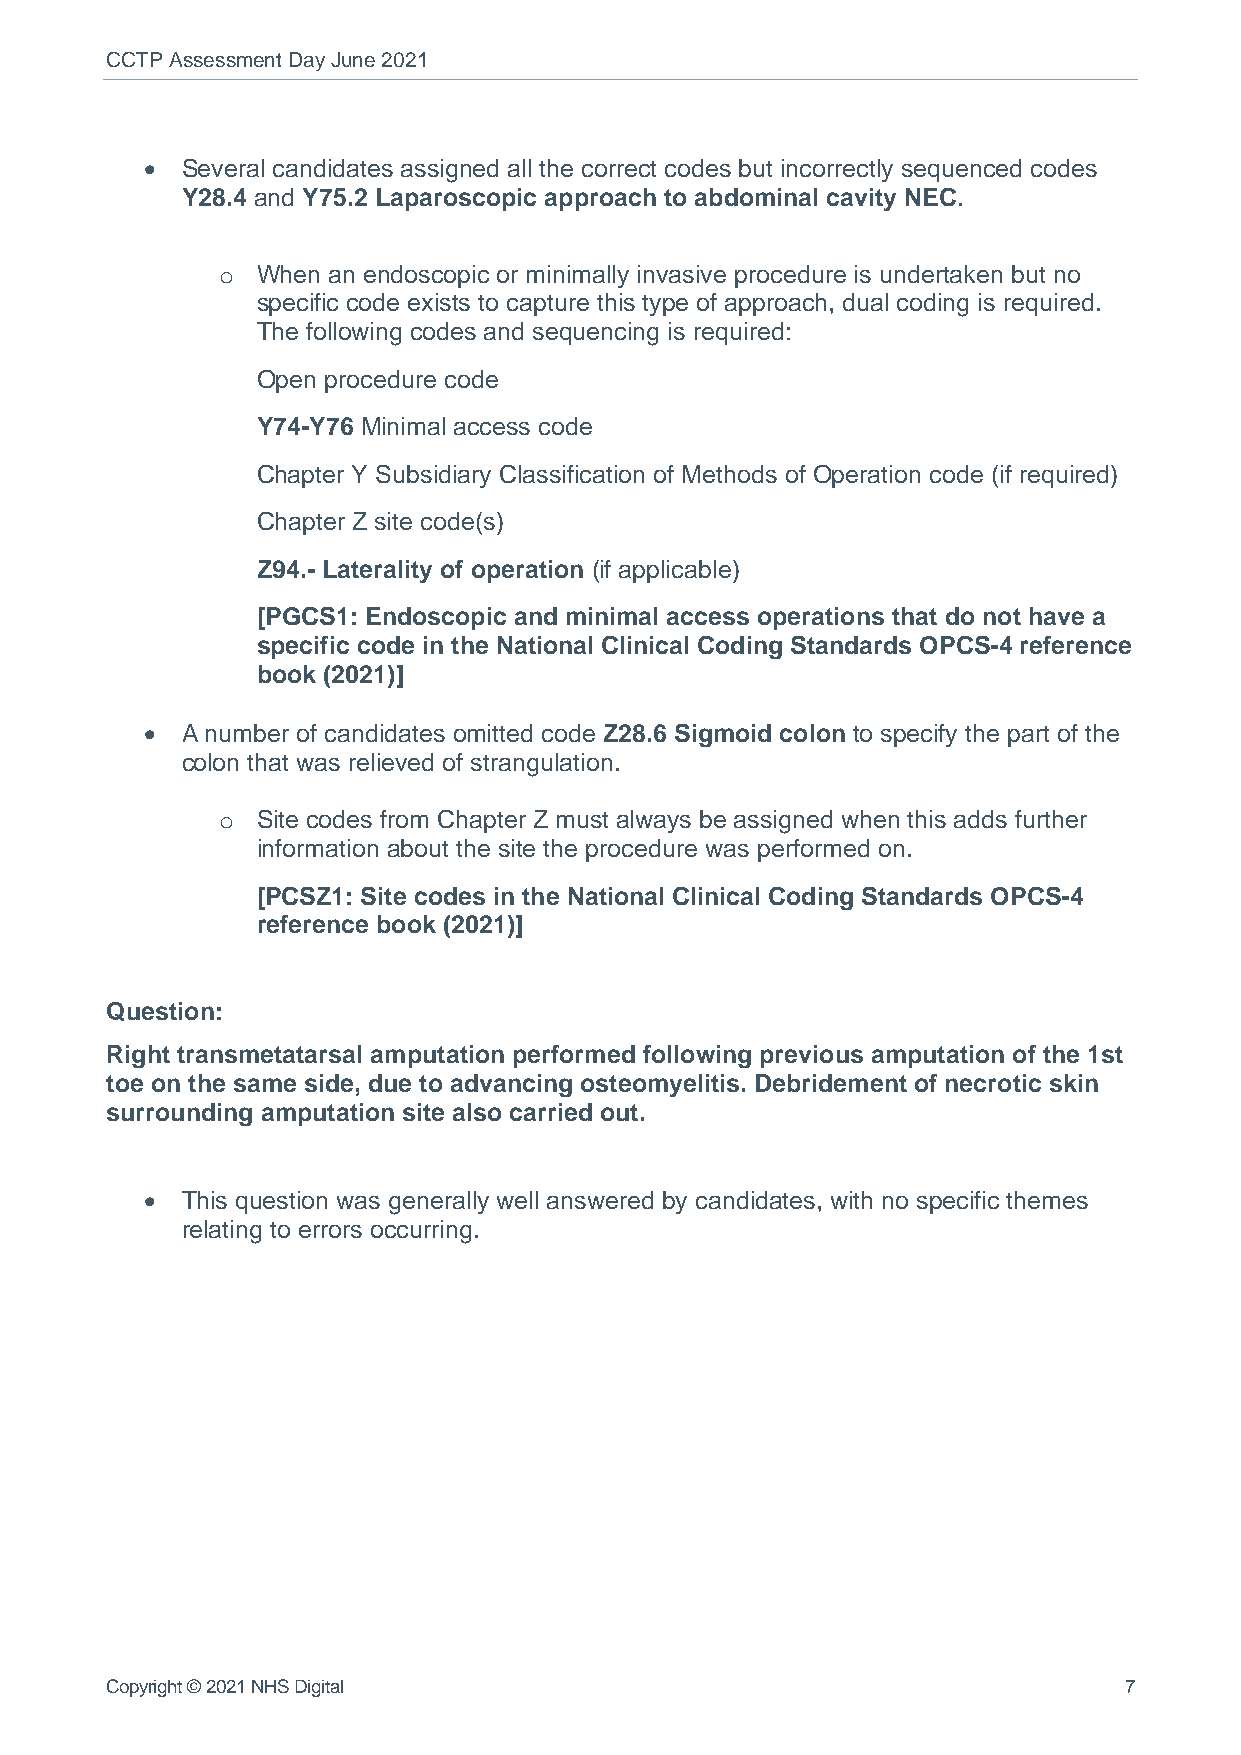
CCTP Assessment Day June 2021
 • Several candidates assigned all the correct codes but incorrectly sequenced codes
 Y28.4 and Y75.2 Laparoscopic approach to abdominal cavity NEC.
 o  When an endoscopic or minimally invasive procedure is undertaken but no
 specific code exists to capture this type of approach, dual coding is required.
 The following codes and sequencing is required:
 Open procedure code
 Y74-Y76 Minimal access code
 Chapter Y Subsidiary Classification of Methods of Operation code (if required)
 Chapter Z site code(s)
 Z94.- Laterality of operation (if applicable)
 [PGCS1: Endoscopic and minimal access operations that do not have a
 specific code in the National Clinical Coding Standards OPCS-4 reference
 book (2021)]
 • A number of candidates omitted code Z28.6 Sigmoid colon to specify the part of the
 colon that was relieved of strangulation.
 o  Site codes from Chapter Z must always be assigned when this adds further
 information about the site the procedure was performed on.
 [PCSZ1: Site codes in the National Clinical Coding Standards OPCS-4
 reference book (2021)]
 Question:
 Right transmetatarsal amputation performed following previous amputation of the 1st
 toe on the same side, due to advancing osteomyelitis. Debridement of necrotic skin
 surrounding amputation site also carried out.
 • This question was generally well answered by candidates, with no specific themes
 relating to errors occurring.
 Copyright © 2021 NHS Digital                                       7